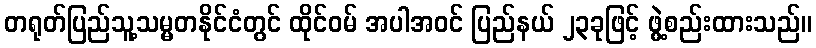
တရုတ်ပြည်သူ့သမ္မတနိုင်ငံတွင် ထိုင်ဝမ် အပါအဝင် ပြည်နယ် ၂၃ခုဖြင့် ဖွဲ့စည်းထားသည်။